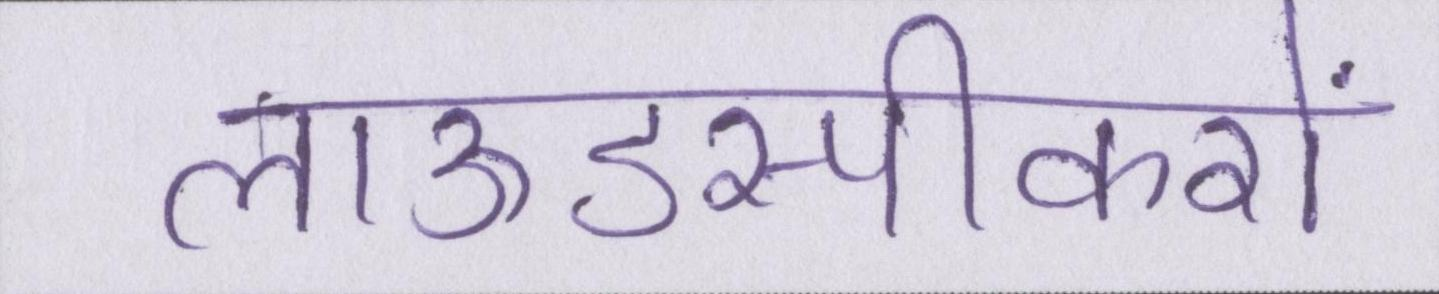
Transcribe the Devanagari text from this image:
लाऊडस्पीकरों